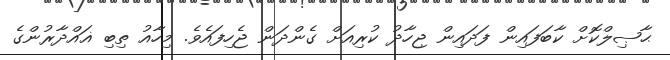
ޙާޞިލްކޮށް ކާބަފައިން ފަދައިން ޖިހާދު ކުރިއަށް ގެންދަން ޖެހިފައެވެ. މިހާއު ތިބި ޣައްދާރުންގެ